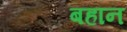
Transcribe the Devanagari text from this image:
बहान